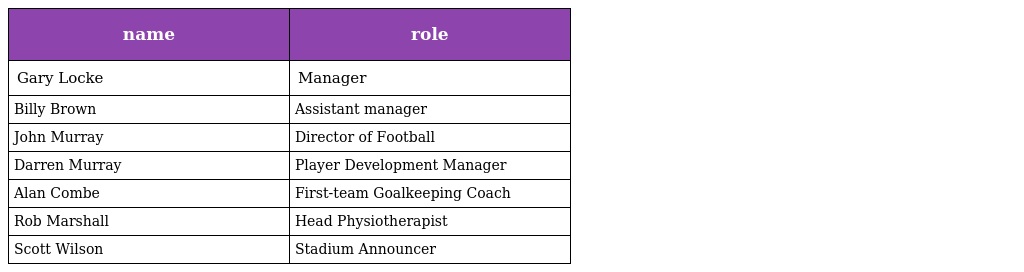
| name | role |
 | --- | --- |
 | Gary Locke | Manager |
 | Billy Brown | Assistant manager |
 | John Murray | Director of Football |
 | Darren Murray | Player Development Manager |
 | Alan Combe | First-team Goalkeeping Coach |
 | Rob Marshall | Head Physiotherapist |
 | Scott Wilson | Stadium Announcer |